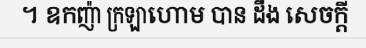
។ ឧកញ៉ា ក្រឡាហោម បាន ដឹង សេចក្តី